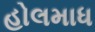
હોલમાધ